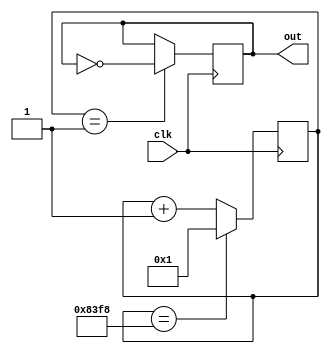
module F_Sharp (clk, out);
	input clk;
	output out;
	
reg[15:0] clkDivider = 33784;
reg[15:0] counter;

always @(posedge clk)
	if(counter == clkDivider)
		counter <= 1;
	else counter <= counter + 1;
	
reg out;
always @(posedge clk)
	if(counter == 1)
		out <= ~out;

endmodule